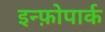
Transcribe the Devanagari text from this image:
इन्फ़ोपार्क